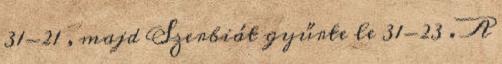
31-21 , majd Szerbiát gyűrte le 31-23 . A